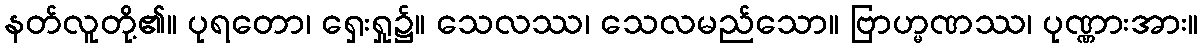
နတ်လူတို့၏။ ပုရတော၊ ရှေးရှု၌။ သေလဿ၊ သေလမည်သော။ ဗြာဟ္မဏဿ၊ ပုဏ္ဏားအား။